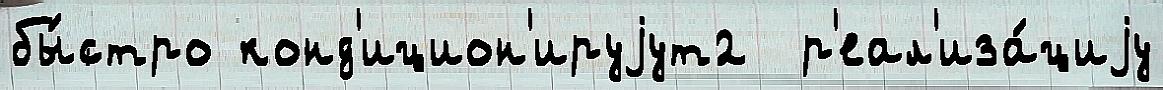
бы́стро конд'ицион'ируjут2  р'еал'иза́циjу